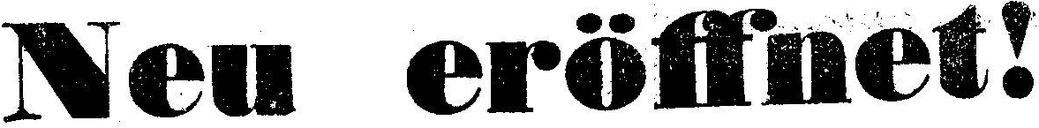
Neu eröffnet!